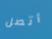
أتصل